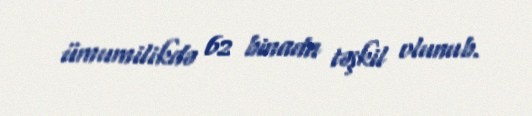
ümumilikdə 62 binada təşkil olunub.